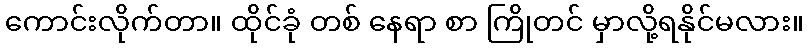
ကောင်းလိုက်တာ။ ထိုင်ခုံ တစ် နေရာ စာ ကြိုတင် မှာလို့ရနိုင်မလား။